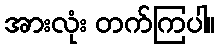
အားလုံး တက်ကြပါ။